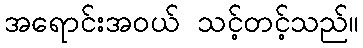
အရောင်းအဝယ် သင့်တင့်သည်။